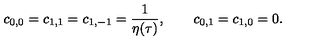
c _ { 0 , 0 } = c _ { 1 , 1 } = c _ { 1 , - 1 } = { \frac { 1 } { \eta ( \tau ) } } , \qquad c _ { 0 , 1 } = c _ { 1 , 0 } = 0 .